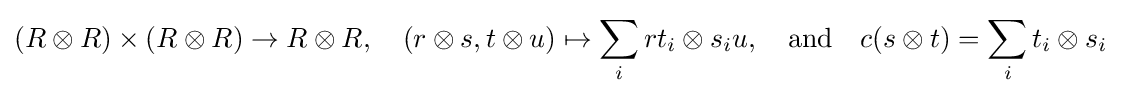
(R\otimes R)\times (R\otimes R)\to R\otimes R,\quad (r\otimes s,t\otimes u)\mapsto \sum _{i}rt_{i}\otimes s_{i}u,\quad {\text{and}}\quad c(s\otimes t)=\sum _{i}t_{i}\otimes s_{i}